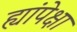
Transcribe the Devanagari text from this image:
ह्यांपेक्षा